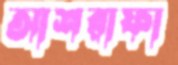
আশরাফা